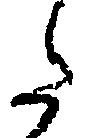
た